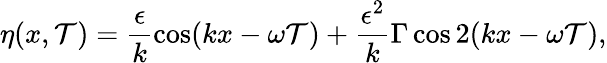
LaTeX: \eta(x,\mathcal{T})=\frac{{\epsilon}}{{k}}\cos(kx-\omega\mathcal{T})+\frac{{\epsilon^{2}}}{{k}}\Gamma\cos2(kx-\omega\mathcal{T}),